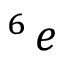
^ 6 \, e